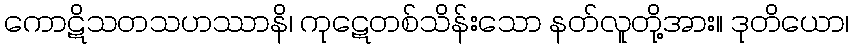
ကောဋိသတသဟဿာနိ၊ ကုဋေတစ်သိန်းသော နတ်လူတို့အား။ ဒုတိယော၊